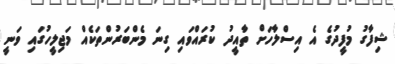
ޝިފާގު މުފީދުގެ އެ އިސްލާހަށް ތާއީދު ކުރައްވައި ގިނަ މެންބަރުންތަކެއް މަޖިލީހުގައި ވަނީ